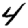
Digit: 4